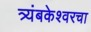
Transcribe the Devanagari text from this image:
त्र्यंबकेश्वरचा